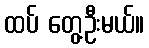
ထပ် တွေ့ဦးမယ်။